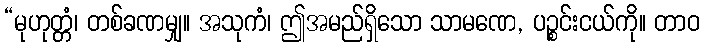
“မုဟုတ္တံ၊ တစ်ခဏမျှ။ အသုကံ၊ ဤအမည်ရှိသော သာမဏေ, ပဉ္စင်းငယ်ကို။ တာဝ